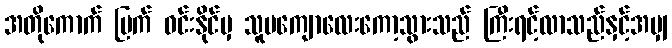
အတိုကောက် ပြက် ဝင်းနိုင်မှ သူမကျောလေးကော့သွားသည် ကြီးရင့်လာသည်နှင့်အမျှ